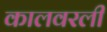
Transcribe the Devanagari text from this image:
कालवरली